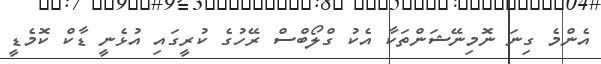
އެންމެ ގިނަ ނޮމިނޭޝަންތަކާ އެކު ގްލޯބްސް ރޭހުގެ ކުރީގައި އުޅެނީ ޑާކް ކޮމެޑީ